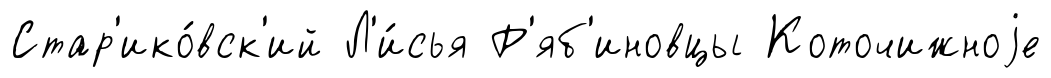
Стар'ико́вск'ий Л'и́сья Р'яб'иновцы Коточижноjе